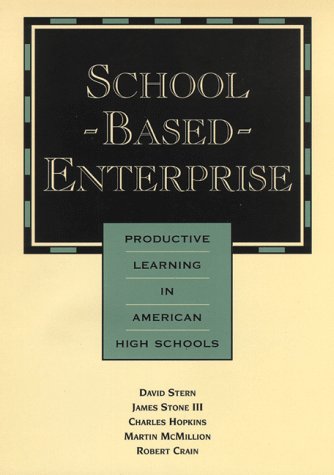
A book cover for School-Based Enterprise: Productive Learning in American High Schools (Jossey Bass Education Series); David Stern; Education & Teaching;